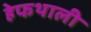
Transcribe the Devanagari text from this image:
हेफथाली